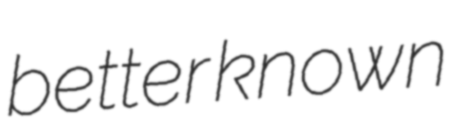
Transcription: better known